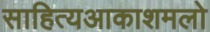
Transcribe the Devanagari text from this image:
साहित्‍यआकाशमलो